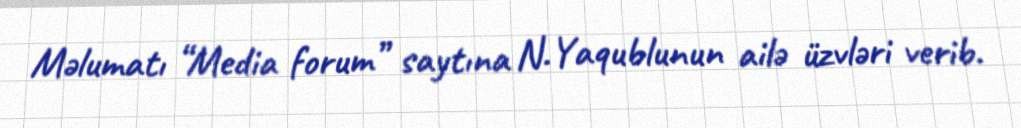
Məlumatı “Media forum” saytına N.Yaqublunun ailə üzvləri verib.